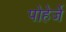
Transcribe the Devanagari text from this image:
पोहेर्जे